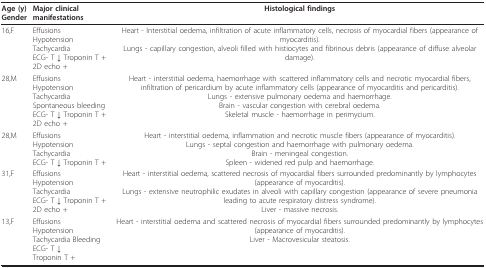
<table><thead><tr><td><b>Age (y)Gender</b></td><td><b>Major clinical manifestations</b></td><td><b>Histological findings</b></td></tr></thead><tbody><tr><td>16,F</td><td>EffusionsHypotensionTachycardiaECG- T ↓ Troponin T +2D echo +</td><td>Heart - Interstitial oedema, infiltration of acute inflammatory cells, necrosis of myocardial fibers (appearance of myocarditis).Lungs - capillary congestion, alveoli filled with histiocytes and fibrinous debris (appearance of diffuse alveolar damage).</td></tr><tr><td>28,M</td><td>EffusionsHypotensionTachycardiaSpontaneous bleedingECG- T ↓ Troponin T +2D echo +</td><td>Heart - interstitial oedema, haemorrhage with scattered inflammatory cells and necrotic myocardial fibers, infiltration of pericardium by acute inflammatory cells (appearance of myocarditis and pericarditis).Lungs - extensive pulmonary oedema and haemorrhage.Brain - vascular congestion with cerebral oedema.Skeletal muscle - haemorrhage in perimycium.</td></tr><tr><td>28,M</td><td>EffusionsHypotensionTachycardiaECG- T ↓ Troponin T +</td><td>Heart - interstitial oedema, inflammation and necrotic muscle fibers (appearance of myocarditis).Lungs - septal congestion and haemorrhage with pulmonary oedema.Brain - meningeal congestion.Spleen - widened red pulp and haemorrhage.</td></tr><tr><td>31,F</td><td>EffusionsHypotensionTachycardiaECG- T ↓ Troponin T +2D echo +</td><td>Heart - interstitial oedema, scattered necrosis of myocardial fibers surrounded predominantly by lymphocytes (appearance of myocarditis).Lungs - extensive neutrophilic exudates in alveoli with capillary congestion (appearance of severe pneumonia leading to acute respiratory distress syndrome).Liver - massive necrosis.</td></tr><tr><td>13,F</td><td>EffusionsHypotensionTachycardia Bleeding ECG- T ↓Troponin T +</td><td>Heart - interstitial oedema and scattered necrosis of myocardial fibers surrounded predominantly by lymphocytes (appearance of myocarditis).Liver - Macrovesicular steatosis.</td></tr></tbody></table>